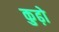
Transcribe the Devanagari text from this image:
कुढ़ो